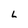
Character: L